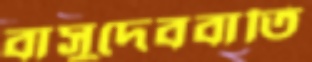
বাসুদেববাতি